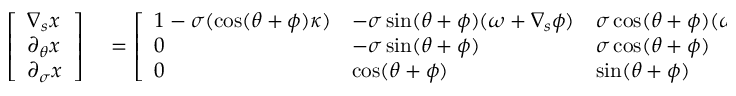
\begin{array} { r l } { \left[ \begin{array} { l } { \nabla _ { s } x } \\ { \partial _ { \theta } x } \\ { \partial _ { \sigma } x } \end{array} \right] } & { { } = \left[ \begin{array} { l l l } { 1 - \sigma ( \cos ( \theta + \phi ) \kappa ) } & { - \sigma \sin ( \theta + \phi ) ( \omega + \nabla _ { s } \phi ) } & { \sigma \cos ( \theta + \phi ) ( \omega + \nabla _ { s } \phi ) } \\ { 0 } & { - \sigma \sin ( \theta + \phi ) } & { \sigma \cos ( \theta + \phi ) } \\ { 0 } & { \cos ( \theta + \phi ) } & { \sin ( \theta + \phi ) } \end{array} \right] . } \end{array}